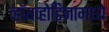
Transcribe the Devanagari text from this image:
व्हॉयव्होडिनामध्ये